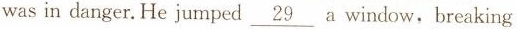
was in danger.He jumped \underline{29} a window，breaking